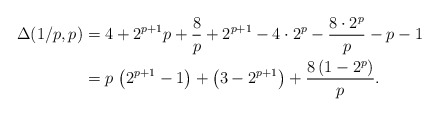
\begin{align*} \Delta(1/p,p) &= 4 + {2}^{p+1}p + \frac{8}{p} + {2}^{p+1} - 4 \cdot 2^p - \frac{8 \cdot 2^p}{p} - p - 1 \\ &= p\, \left( {2}^{p+1}-1 \right) + \left(3-{2}^{p+1}\right) +{\frac{8\,(1-{2}^{p})}{p}}. \end{align*}